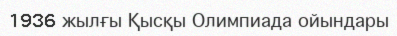
1936 жылғы Қысқы Олимпиада ойындары